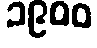
၁၉၀၀